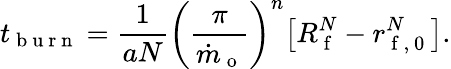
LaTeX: t_{\mathrm{~b~u~r~n~}}=\frac{1}{aN}\bigg(\frac{\pi}{\dot{m}_{\mathrm{~o~}}}\bigg)^{n}\big[R_{\mathrm{~f~}}^{N}-r_{\mathrm{~f~,~0~}}^{N}\big].